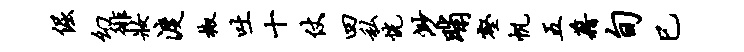
倔幻徘妆渡椒吐十仗四私恍渺晡壑帆五藉旬巳